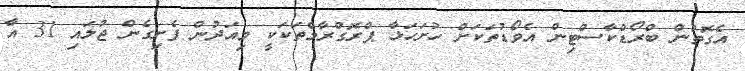
އެގޮތުން ބްރޯޑްކާސްޓިން އެވޯޑުތަކަށް ހުށަހަޅާ ޕްރޮގްރާމްތަކަކީ މިއަދުން ފެށިގެން ޖުލައި 31 އާ